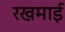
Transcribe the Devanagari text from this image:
रखमाई